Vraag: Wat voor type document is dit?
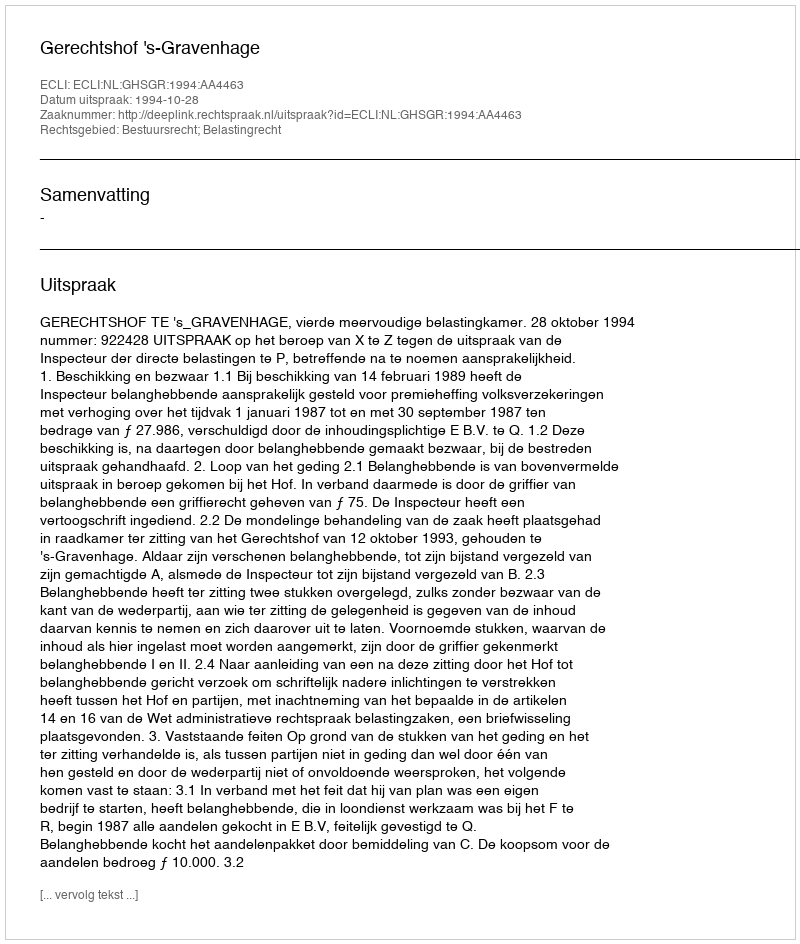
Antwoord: Uitspraak